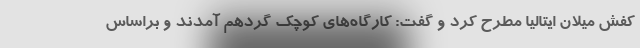
کفش میلان ایتالیا مطرح کرد و گفت: کارگاه‌های کوچک گردهم آمدند و براساس